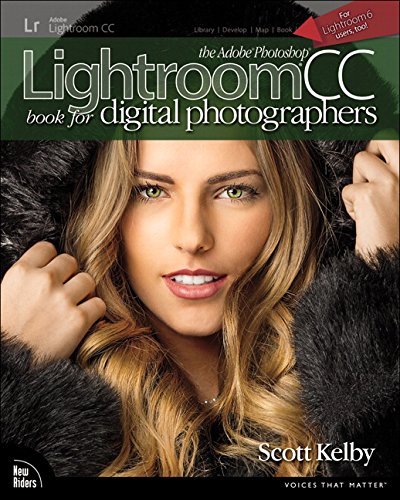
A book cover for The Adobe Photoshop Lightroom CC Book for Digital Photographers (Voices That Matter); Scott Kelby; Arts & Photography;